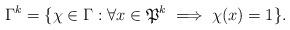
LaTeX: \begin{align*} \Gamma^{k} = \{\chi \in \Gamma : \forall x \in \mathfrak{P}^{k} \implies \chi(x)=1\}.\end{align*}